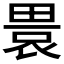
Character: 𤲡